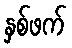
နှစ်ဖက်